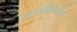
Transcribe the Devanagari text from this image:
यात्रेनिम्मीत